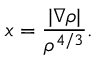
x = \frac { | \nabla \rho | } { \rho ^ { 4 / 3 } } .